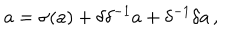
a = \sigma ( a ) + \delta \delta ^ { - 1 } a + \delta ^ { - 1 } \delta a \, ,